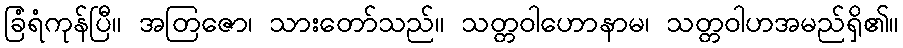
ခြံရံကုန်ပြီ။ အတြဇော၊ သားတော်သည်။ သတ္တဝါဟောနာမ၊ သတ္တဝါဟအမည်ရှိ၏။